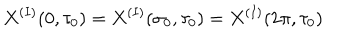
LaTeX: X ^ { ( I ) } ( 0 , \tau _ { 0 } ) = X ^ { ( I ) } ( \sigma _ { 0 } , \tau _ { 0 } ) = X ^ { ( I ) } ( 2 \pi , \tau _ { 0 } )